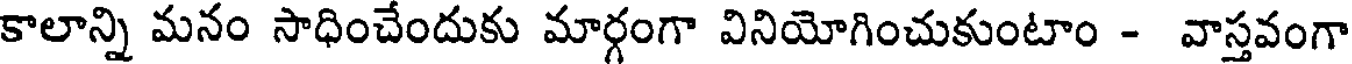
కాలాన్ని మనం సాధించేందుకు మార్గంగా వినియోగించుకుంటాం - వాస్తవంగా